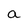
Character: a